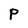
Character: P